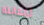
لمقابلة